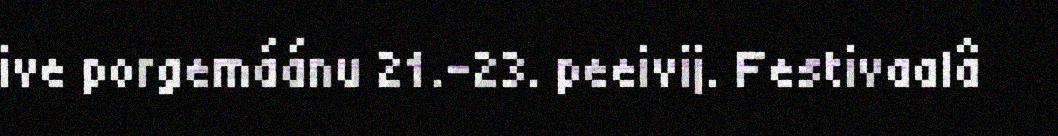
ive porgemáánu 21.-23. peeivij. Festivaalâ